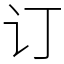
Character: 订